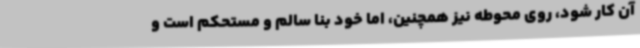
آن کار شود، روی محوطه نیز همچنین، اما خود بنا سالم و مستحکم است و